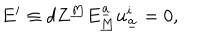
LaTeX: E ^ { i } \equiv d Z ^ { \underline { { { M } } } } E _ { \underline { { { M } } } } ^ { \underline { { { a } } } } u _ { \underline { { { a } } } } ^ { i } = 0 ,